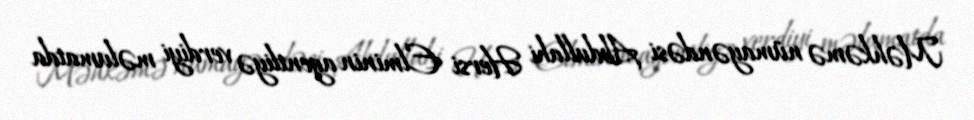
Məhkəmə nümayəndəsi Abdullahi Hersi Elminin agentliyə verdiyi məlumatda